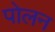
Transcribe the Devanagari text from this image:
पोलन